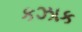
કઝાક